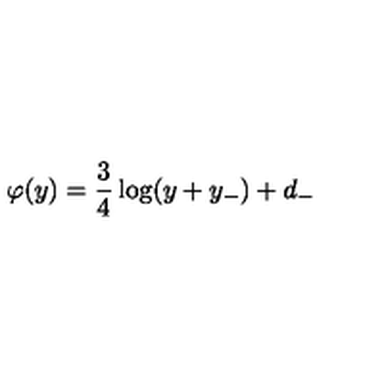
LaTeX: \varphi ( y ) = \frac { 3 } { 4 } \log ( y + y _ { - } ) + d _ { - }